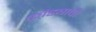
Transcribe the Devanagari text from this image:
कांड्याची